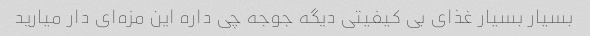
بسیار بسیار غذای بی کیفیتی دیگه جوجه چی داره این مزه‌ای دار میارید